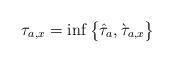
LaTeX: \begin{align*}\tau_{a,x} = \inf\big\lbrace \hat{\tau}_{a},\grave{\tau}_{a,x}\big\rbrace\end{align*}